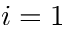
i = 1